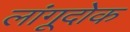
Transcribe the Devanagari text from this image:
लांगूदोक